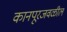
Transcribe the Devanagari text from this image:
कानपूरजवळील